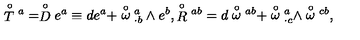
\stackrel { \circ } { T } { ^ a } = \stackrel { \circ } { D } e ^ { a } \equiv d e ^ { a } + \stackrel { \circ } { \omega } { _ { \cdot b } ^ { a } } \wedge e ^ { b } , \stackrel { \circ } { R } { ^ { a b } } = d \stackrel { \circ } { \omega } { ^ { a b } } + \stackrel { \circ } { \omega } { ^ a _ { \cdot c } } \wedge \stackrel { \circ } { \omega } { ^ { c b } } ,